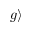
| g \rangle